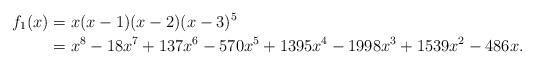
LaTeX: \begin{align*}f_1(x) & = x(x-1)(x-2)(x-3)^5 \\ & = x^8 -18x^7+ 137x^6 -570 x^5 + 1395x^4 -1998 x^3 +1539 x^2 - 486 x. \end{align*}